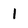
Character: l